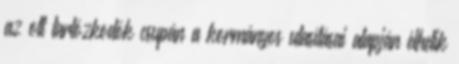
az ott tartózkodók csupán a kormányos utasításai alapján élhetik